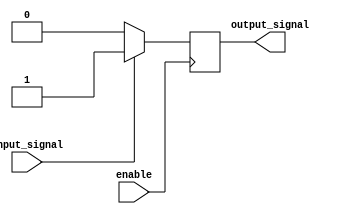
module io_buffer(
    input wire enable,
    input wire input_signal,
    output reg output_signal
);

always @(posedge enable)
begin
    if(input_signal)
    begin
        output_signal <= 1'b1;
    end
    else
    begin
        output_signal <= 1'b0;
    end
end

endmodule